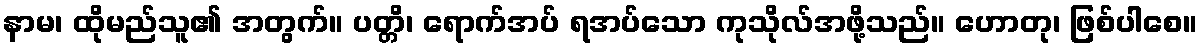
နာမ၊ ထိုမည်သူ၏ အတွက်။ ပတ္တိ၊ ရောက်အပ် ရအပ်သော ကုသိုလ်အဖို့သည်။ ဟောတု၊ ဖြစ်ပါစေ။